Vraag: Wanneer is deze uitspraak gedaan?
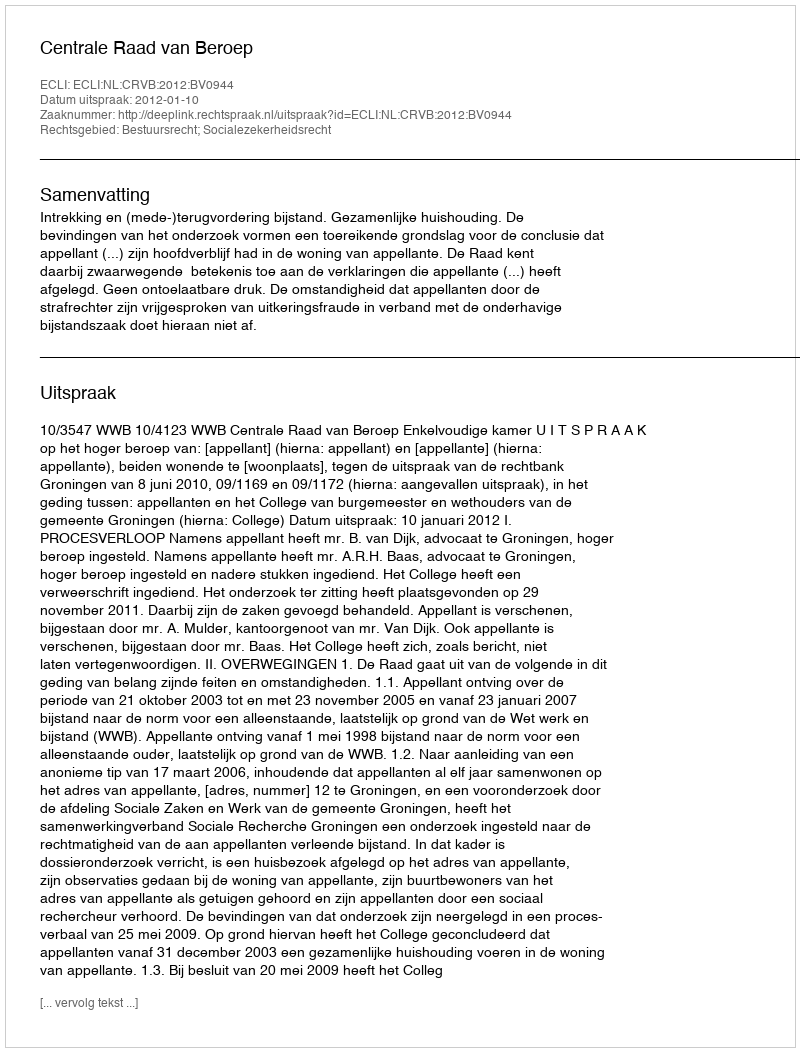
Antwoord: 2012-01-10